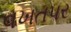
વખતપર